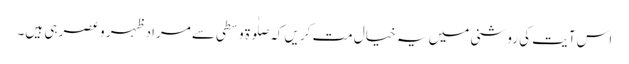
اس آیت کی روشنی میں یہ خیال مت کریں کہ صلٰوۃ وسطی سے مراد ظہر و عصر ہی ہیں۔